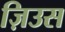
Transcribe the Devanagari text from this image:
ज़िउस